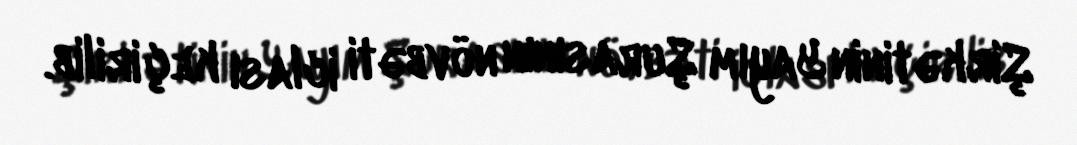
Şirkətinin Yayım Şurasının növbəti iclası keçirilib.